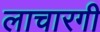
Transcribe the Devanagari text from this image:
लाचारगी